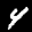
Label: 4